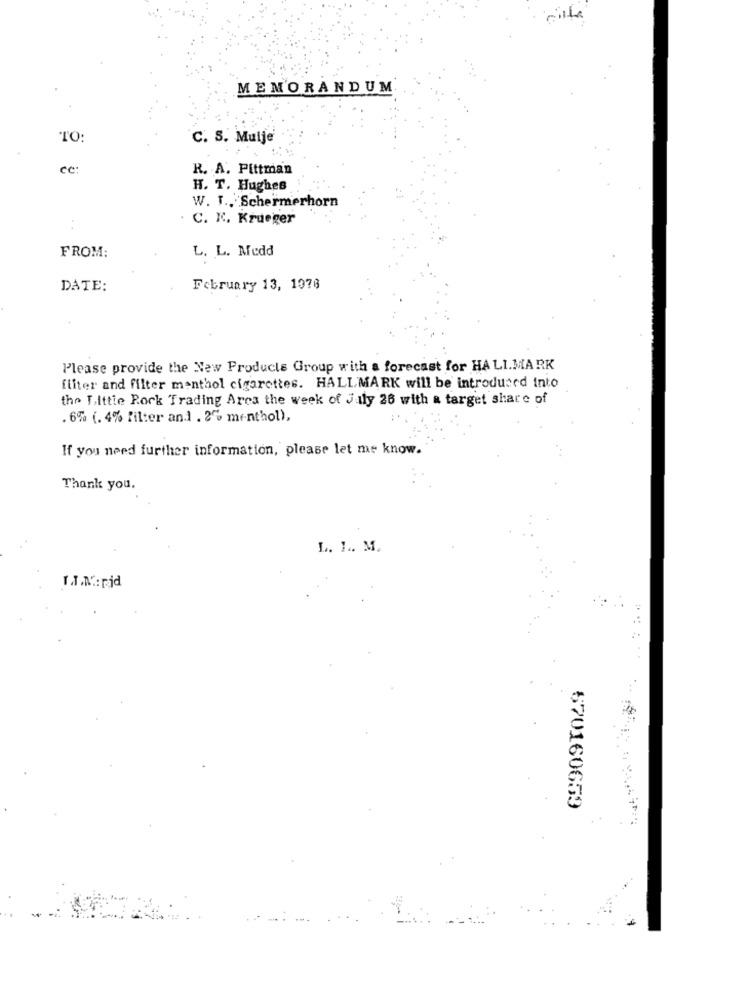
MEMORANDUM
TO:
C. S. Mulje
ce:
R. A. Pittman
H. T. Hughes
W. T .. Schermerhorn
C. K. Krueger
..
L. L. Medd
FROM:
DATE:
February 13, 1976
Please provide the New Products Group with a forecast for HALI.MARK
iliter and filter menthol cigarettes. HALLMARK will be introduced into
the Fittie Rock Trading Arca the week of July 26 with a target share of
. 6% (. 4% filter an.1 . 2% menthol),
If you need further information, please let me know.
Thank you.
L. L. M.
LI.M .: rid
570160659